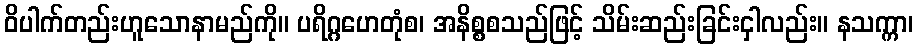
ဝိပါက်တည်းဟူသောနာမည်ကို။ ပရိဂ္ဂဟေတုံစ၊ အနိစ္စစသည်ဖြင့် သိမ်းဆည်းခြင်းငှါလည်း။ နသက္ကာ၊